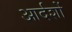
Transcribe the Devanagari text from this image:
आर्दशों